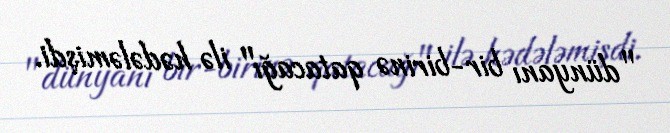
"dünyanı bir-birinə qatacağı" ilə hədələmişdi.